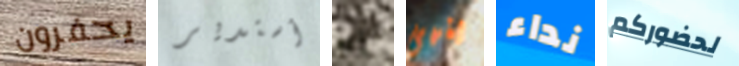
يحفرون أستدير إنه ينهى نداء لحضوركم